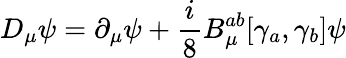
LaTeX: D_{\mu}\psi=\partial_{\mu}\psi+\frac{i}{8}B_{\mu}^{ab}[\gamma_{a},\gamma_{b}]\psi